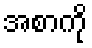
အစာကို